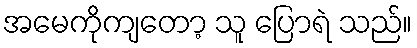
အမေကိုကျတော့ သူ ပြောရဲ သည်။